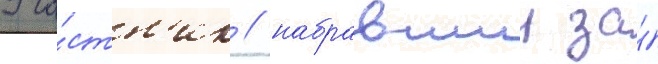
Уча́стн'ик / набравшии за́